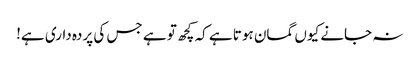
نہ جانے کیوں گمان ہوتا ہے کہ کچھ تو ہے جس کی پردہ داری ہے!